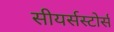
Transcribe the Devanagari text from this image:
सीयर्सस्‍टोर्स